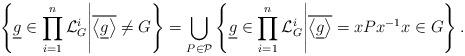
LaTeX: \begin{align*}\left\{ \underline{g}\in\prod_{i=1}^{n}\mathcal{L}_{G}^{i}\middle|\overline{\left\langle \underline{g}\right\rangle }\neq G\right\} =\bigcup_{P\in\mathcal{P}}\left\{ \underline{g}\in\prod_{i=1}^{n}\mathcal{L}_{G}^{i}\middle|\overline{\left\langle \underline{g}\right\rangle }=xPx^{-1}x\in G\right\} .\end{align*}